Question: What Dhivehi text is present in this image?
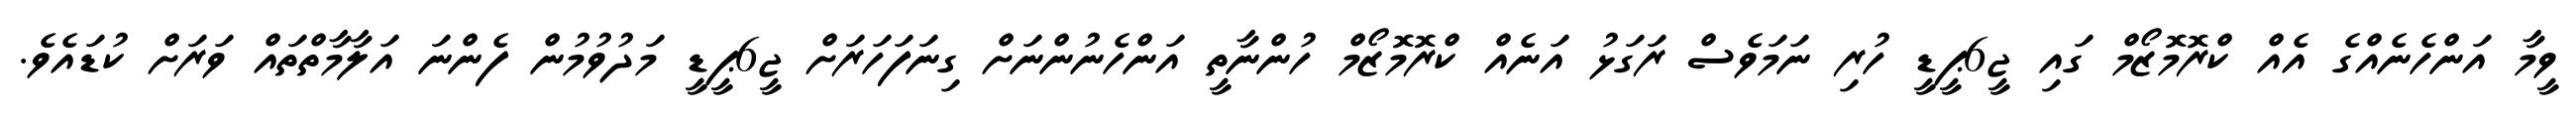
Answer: ވީމާ އަންހެނެއްގެ އެއް ކްރޮމޮޒޯމް ގައި ޖީ6ޕީޑީ ހުރި ނަމަވެސް ރަގަޅު އަނެއް ކްރޮމޮޒޯމް ހުންނާތީ އަންހެނުންނަށް ގިނަފަހަރަށް ޖީ6ޕީޑީ މަދުވުމުން ފެންނަ އަލާމާތްތައް ވަރަށް ކުޑައެވެ.